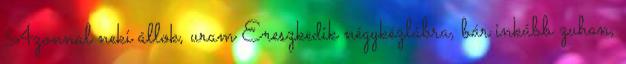
Azonnal neki állok, uram Ereszkedik négykézlábra, bár inkább zuhan,